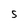
Character: S